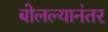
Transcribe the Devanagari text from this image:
बोलल्यानंतर